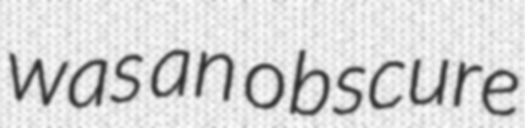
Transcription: was an obscure